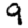
Digit: 9